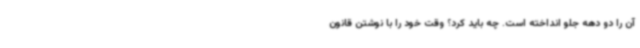
آن را دو دهه جلو انداخته است. چه باید کرد؟ وقت خود را با نوشتن قانون